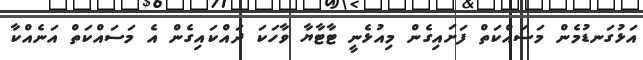
އަޅުގަނޑުމެން މަސައްކަތް ފަށައިގެން މިއުޅެނީ ޓާޓާޔާ ވާހަކަ ދައްކައިގެން އެ މަސައްކަތް އަނެއްކާ